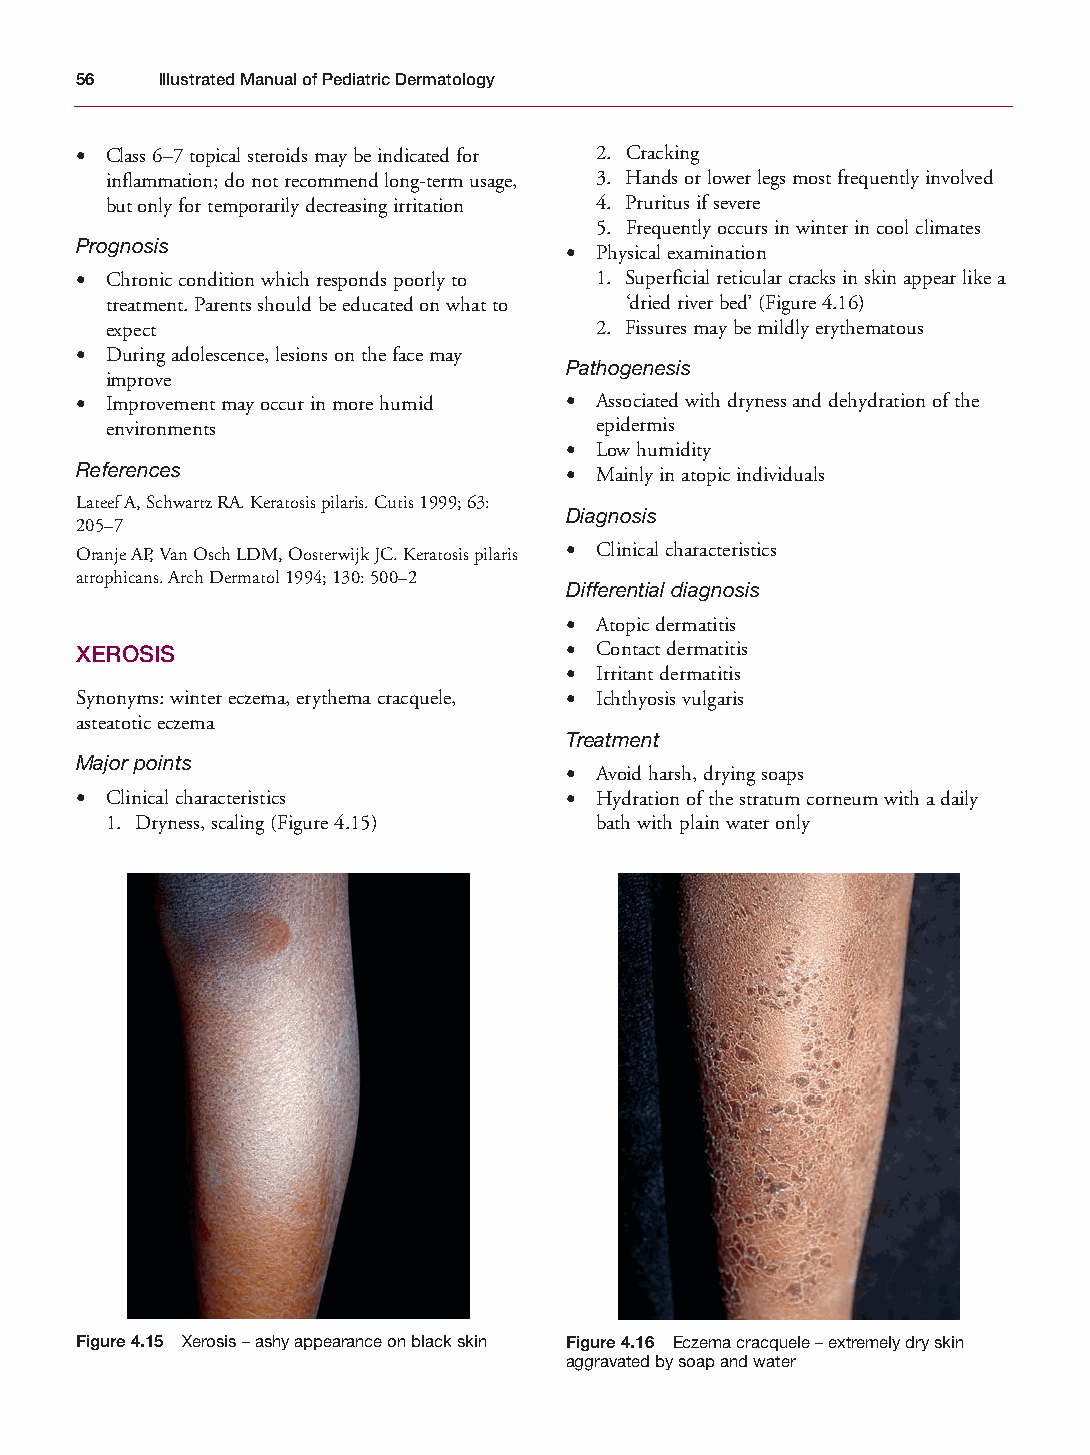
Mallory Chapter 04 27/1/05 1:23 pm Page 56
 56   Illustrated Manual of Pediatric Dermatology
 • Class 6–7 topical steroids may be indicated for 2. Cracking
 inflammation; do not recommend long-term usage, 3. Hands or lower legs most frequently involved
 but only for temporarily decreasing irritation 4. Pruritus if severe
 5. Frequently occurs in winter in cool climates
 Prognosis                       • Physical examination
 • Chronic condition which responds poorly to 1. Superficial reticular cracks in skin appear like a
 treatment. Parents should be educated on what to ‘dried river bed’ (Figure 4.16)
 expect                          2. Fissures may be mildly erythematous
 • During adolescence, lesions on the face may
 Pathogenesis
 improve
 • Improvement may occur in more humid • Associated with dryness and dehydration of the
 environments                    epidermis
 • Low humidity
 References                      • Mainly in atopic individuals
 Lateef A, Schwartz RA. Keratosis pilaris. Cutis 1999; 63:
 Diagnosis
 205–7
 Oranje AP, Van Osch LDM, Oosterwijk JC. Keratosis pilaris • Clinical characteristics
 atrophicans. Arch Dermatol 1994; 130: 500–2
 Differential diagnosis
 • Atopic dermatitis
 XEROSIS                         • Contact dermatitis
 • Irritant dermatitis
 Synonyms: winter eczema, erythema cracquele, • Ichthyosis vulgaris
 asteatotic eczema
 Treatment
 Major points
 • Avoid harsh, drying soaps
 • Clinical characteristics      • Hydration of the stratum corneum with a daily
 1. Dryness, scaling (Figure 4.15) bath with plain water only
 Figure 4.15 Xerosis – ashy appearance on black skin Figure 4.16 Eczema cracquele – extremely dry skin
 aggravated by soap and water